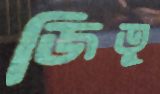
জিতু